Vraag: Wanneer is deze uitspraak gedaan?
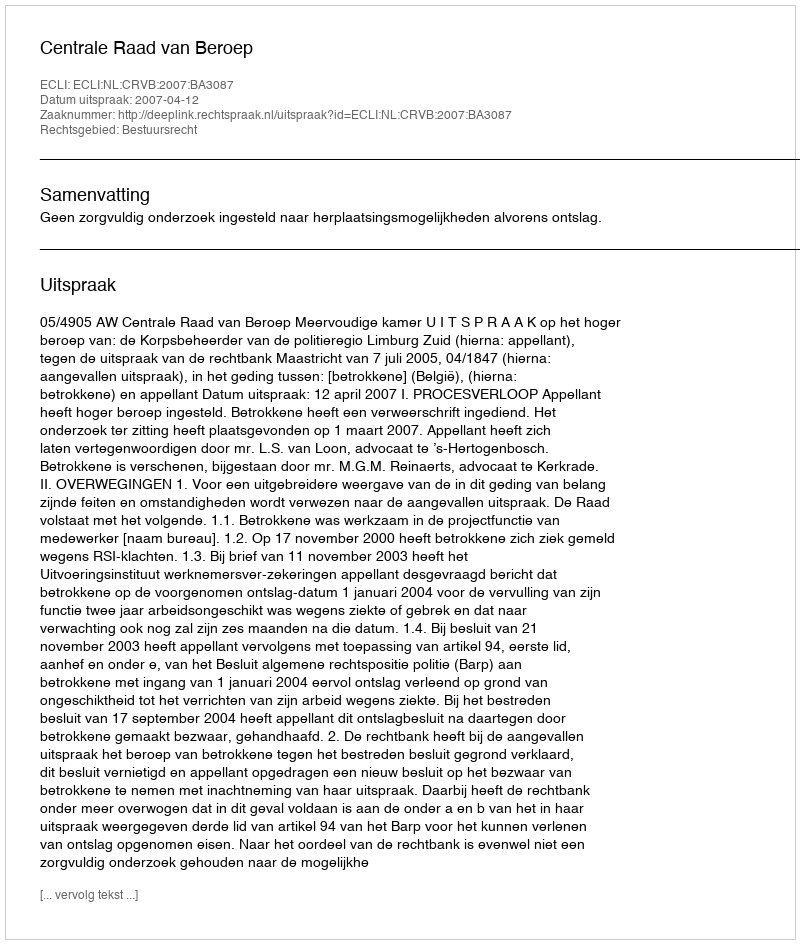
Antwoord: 2007-04-12